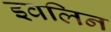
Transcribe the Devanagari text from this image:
इवलिन